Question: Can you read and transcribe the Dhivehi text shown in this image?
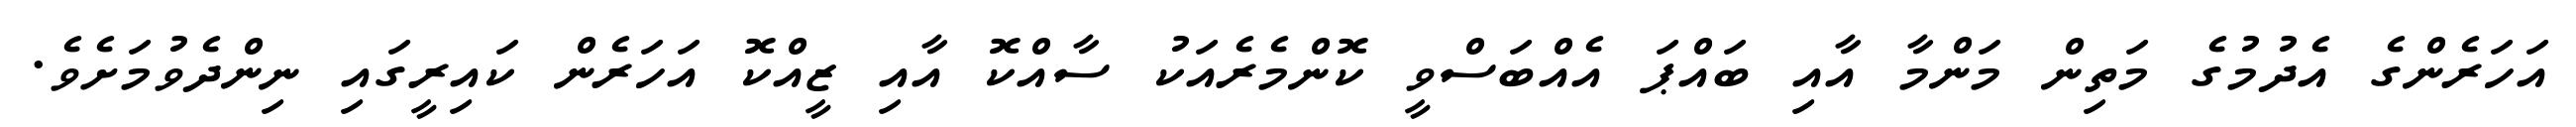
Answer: އަހަރެންގެ އެދުމުގެ މަތިން މަންމާ އާއި ބައްޕަ އެއްބަސްވީ ކޮންމެރެއަކު ސާއްކޮ އާއި ޒީއްކޮ އަހަރެން ކައިރީގައި ނިންދެވުމަށެވެ.